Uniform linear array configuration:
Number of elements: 24
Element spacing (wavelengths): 0.5
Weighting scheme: kaiser
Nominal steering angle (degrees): -15
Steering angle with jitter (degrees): -13.229
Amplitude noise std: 0.05
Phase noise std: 0.05

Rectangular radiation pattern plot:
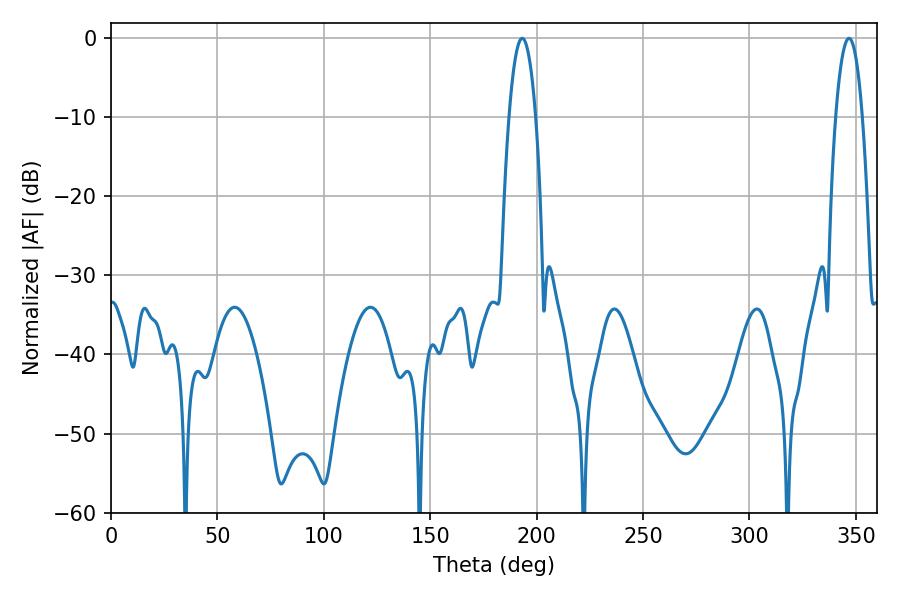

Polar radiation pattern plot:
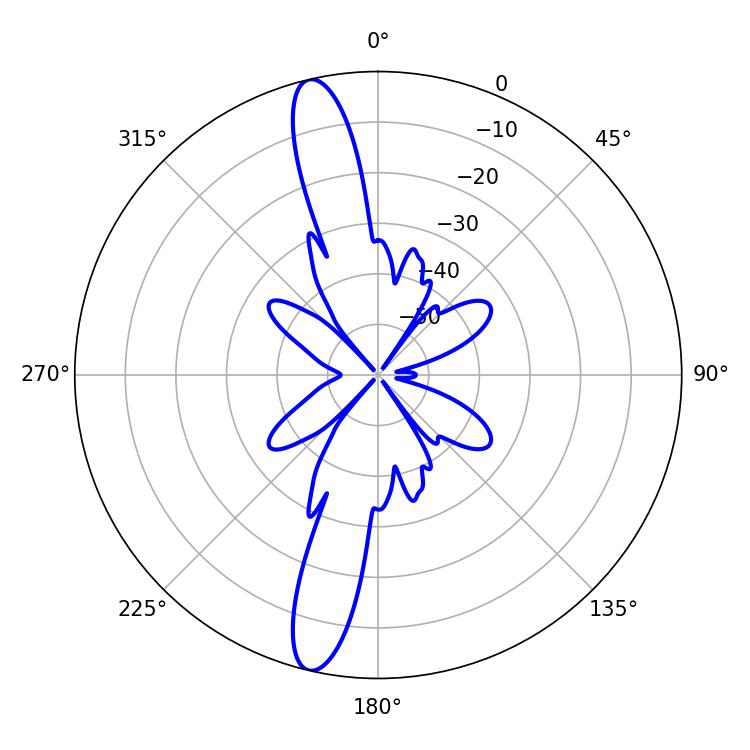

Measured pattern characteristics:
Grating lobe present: FALSE
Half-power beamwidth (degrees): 7.02
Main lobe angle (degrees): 193.14